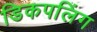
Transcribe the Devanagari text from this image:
डिकपलिंग